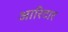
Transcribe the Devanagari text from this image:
आरिटार